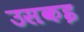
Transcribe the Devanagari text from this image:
उसकइ